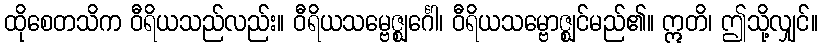
ထိုစေတသိက ဝီရိယသည်လည်း။ ဝီရိယသမ္ဗေဇ္ဈင်္ဂေါ၊ ဝီရိယသမ္ဗောဇ္ဈင်မည်၏။ ဣတိ၊ ဤသို့လျှင်။